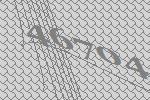
46704